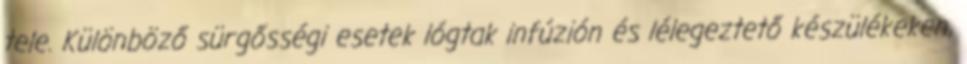
tele. Különböző sürgősségi esetek lógtak infúzión és lélegeztető készülékeken,